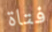
فتاة